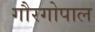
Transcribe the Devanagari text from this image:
गौरगोपाल